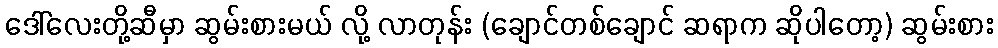
ဒေါ်လေးတို့ဆီမှာ ဆွမ်းစားမယ် လို့ လာတုန်း (ချောင်တစ်ချောင် ဆရာက ဆိုပါတော့) ဆွမ်းစား